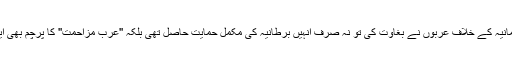
یہ باتیں کرتے وقت وہ یہ بھول جاتے ہیں کہ سلطنت عثمانیہ کے خلاف عربوں نے بغاوت کی تو نہ صرف انہیں برطانیہ کی مکمل حمایت حاصل تھی بلکہ ''عرب مزاحمت'' کا پرچم بھی ایک برطانوی سفارت کار مارک سکائیز نے تیار کیا تھا۔